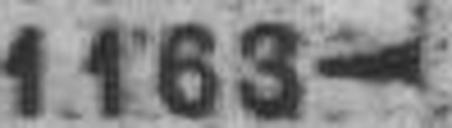
1163—